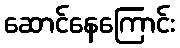
ဆောင်နေကြောင်း